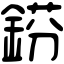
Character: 𨧼